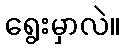
ရွေးမှာလဲ။